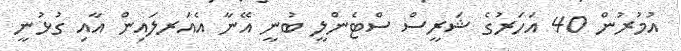
އުމުރުން 40 އަހަރުގެ ޝަރީސް ސްޓެންލީ ބުނީ އޭނާ އެއަރލައިން އާއި ގުޅުނީ